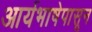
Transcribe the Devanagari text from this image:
आर्यभाषेपासून